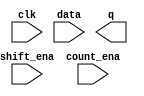
// Build a four-bit shift register that also acts as a down counter. Data is shifted in most-significant-bit first when shift_ena is 1. The number currently in the shift register is decremented when count_ena is 1. Since the full system doesn't ever use shift_ena and count_ena together, it does not matter what your circuit does if both control inputs are 1 (This mainly means that it doesn't matter which case gets higher priority).

module top_module (
    input clk,
    input shift_ena,
    input count_ena,
    input data,
    output [3:0] q);

    // Insert your code here

endmodule